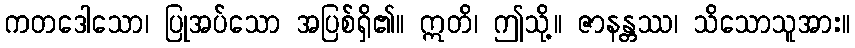
ကတဒေါသော၊ ပြုအပ်သော အပြစ်ရှိ၏။ ဣတိ၊ ဤသို့။ ဇာနန္တဿ၊ သိသောသူအား။